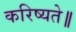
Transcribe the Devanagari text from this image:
करिष्यते॥